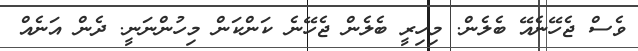
ވެސް ޖެހޭނެއޭ ބެލެން. މިހިރީ ބެލެން ޖެހޭނެ ކަންކަން މިހުންނަނީ. ދެން އަނެއް